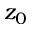
z _ { 0 }